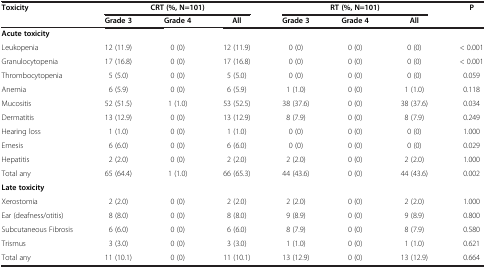
<table><thead><tr><td><b>Toxicity</b></td><td colspan="3"><b>CRT (%, N=101)</b></td><td colspan="3"><b>RT (%, N=101)</b></td><td><b>P</b></td></tr><tr><td>[EMPTY_CELL]</td><td><b>Grade 3</b></td><td><b>Grade 4</b></td><td><b>All</b></td><td><b>Grade 3</b></td><td><b>Grade 4</b></td><td><b>All</b></td><td>[EMPTY_CELL]</td></tr></thead><tbody><tr><td><b>Acute toxicity</b></td><td>[EMPTY_CELL]</td><td>[EMPTY_CELL]</td><td>[EMPTY_CELL]</td><td>[EMPTY_CELL]</td><td>[EMPTY_CELL]</td><td>[EMPTY_CELL]</td><td>[EMPTY_CELL]</td></tr><tr><td>Leukopenia</td><td>12 (11.9)</td><td>0 (0)</td><td>12 (11.9)</td><td>0 (0)</td><td>0 (0)</td><td>0 (0)</td><td>&lt; 0.001</td></tr><tr><td>Granulocytopenia</td><td>17 (16.8)</td><td>0 (0)</td><td>17 (16.8)</td><td>0 (0)</td><td>0 (0)</td><td>0 (0)</td><td>&lt; 0.001</td></tr><tr><td>Thrombocytopenia</td><td>5 (5.0)</td><td>0 (0)</td><td>5 (5.0)</td><td>0 (0)</td><td>0 (0)</td><td>0 (0)</td><td>0.059</td></tr><tr><td>Anemia</td><td>6 (5.9)</td><td>0 (0)</td><td>6 (5.9)</td><td>1 (1.0)</td><td>0 (0)</td><td>1 (1.0)</td><td>0.118</td></tr><tr><td>Mucositis</td><td>52 (51.5)</td><td>1 (1.0)</td><td>53 (52.5)</td><td>38 (37.6)</td><td>0 (0)</td><td>38 (37.6)</td><td>0.034</td></tr><tr><td>Dermatitis</td><td>13 (12.9)</td><td>0 (0)</td><td>13 (12.9)</td><td>8 (7.9)</td><td>0 (0)</td><td>8 (7.9)</td><td>0.249</td></tr><tr><td>Hearing loss</td><td>1 (1.0)</td><td>0 (0)</td><td>1 (1.0)</td><td>0 (0)</td><td>0 (0)</td><td>0 (0)</td><td>1.000</td></tr><tr><td>Emesis</td><td>6 (6.0)</td><td>0 (0)</td><td>6 (6.0)</td><td>0 (0)</td><td>0 (0)</td><td>0 (0)</td><td>0.029</td></tr><tr><td>Hepatitis</td><td>2 (2.0)</td><td>0 (0)</td><td>2 (2.0)</td><td>2 (2.0)</td><td>0 (0)</td><td>2 (2.0)</td><td>1.000</td></tr><tr><td>Total any</td><td>65 (64.4)</td><td>1 (1.0)</td><td>66 (65.3)</td><td>44 (43.6)</td><td>0 (0)</td><td>44 (43.6)</td><td>0.002</td></tr><tr><td><b>Late toxicity</b></td><td>[EMPTY_CELL]</td><td>[EMPTY_CELL]</td><td>[EMPTY_CELL]</td><td>[EMPTY_CELL]</td><td>[EMPTY_CELL]</td><td>[EMPTY_CELL]</td><td>[EMPTY_CELL]</td></tr><tr><td>Xerostomia</td><td>2 (2.0)</td><td>0 (0)</td><td>2 (2.0)</td><td>2 (2.0)</td><td>0 (0)</td><td>2 (2.0)</td><td>1.000</td></tr><tr><td>Ear (deafness/otitis)</td><td>8 (8.0)</td><td>0 (0)</td><td>8 (8.0)</td><td>9 (8.9)</td><td>0 (0)</td><td>9 (8.9)</td><td>0.800</td></tr><tr><td>Subcutaneous Fibrosis</td><td>6 (6.0)</td><td>0 (0)</td><td>6 (6.0)</td><td>8 (7.9)</td><td>0 (0)</td><td>8 (7.9)</td><td>0.580</td></tr><tr><td>Trismus</td><td>3 (3.0)</td><td>0 (0)</td><td>3 (3.0)</td><td>1 (1.0)</td><td>0 (0)</td><td>1 (1.0)</td><td>0.621</td></tr><tr><td>Total any</td><td>11 (10.1)</td><td>0 (0)</td><td>11 (10.1)</td><td>13 (12.9)</td><td>0 (0)</td><td>13 (12.9)</td><td>0.664</td></tr></tbody></table>